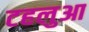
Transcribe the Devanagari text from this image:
टहलुआ